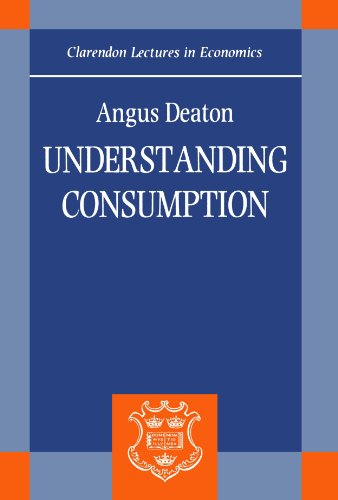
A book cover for Understanding Consumption (Clarendon Lectures in Economics); Angus Deaton; Business & Money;